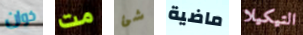
خوان مت شئ ماضية التيكيلا